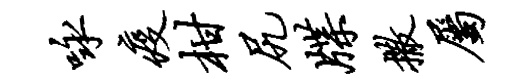
咏疫柑尻牒撒属